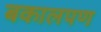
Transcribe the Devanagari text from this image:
बकालपण